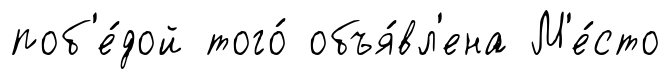
поб'е́дой того́ объя́вл'ена М'е́сто